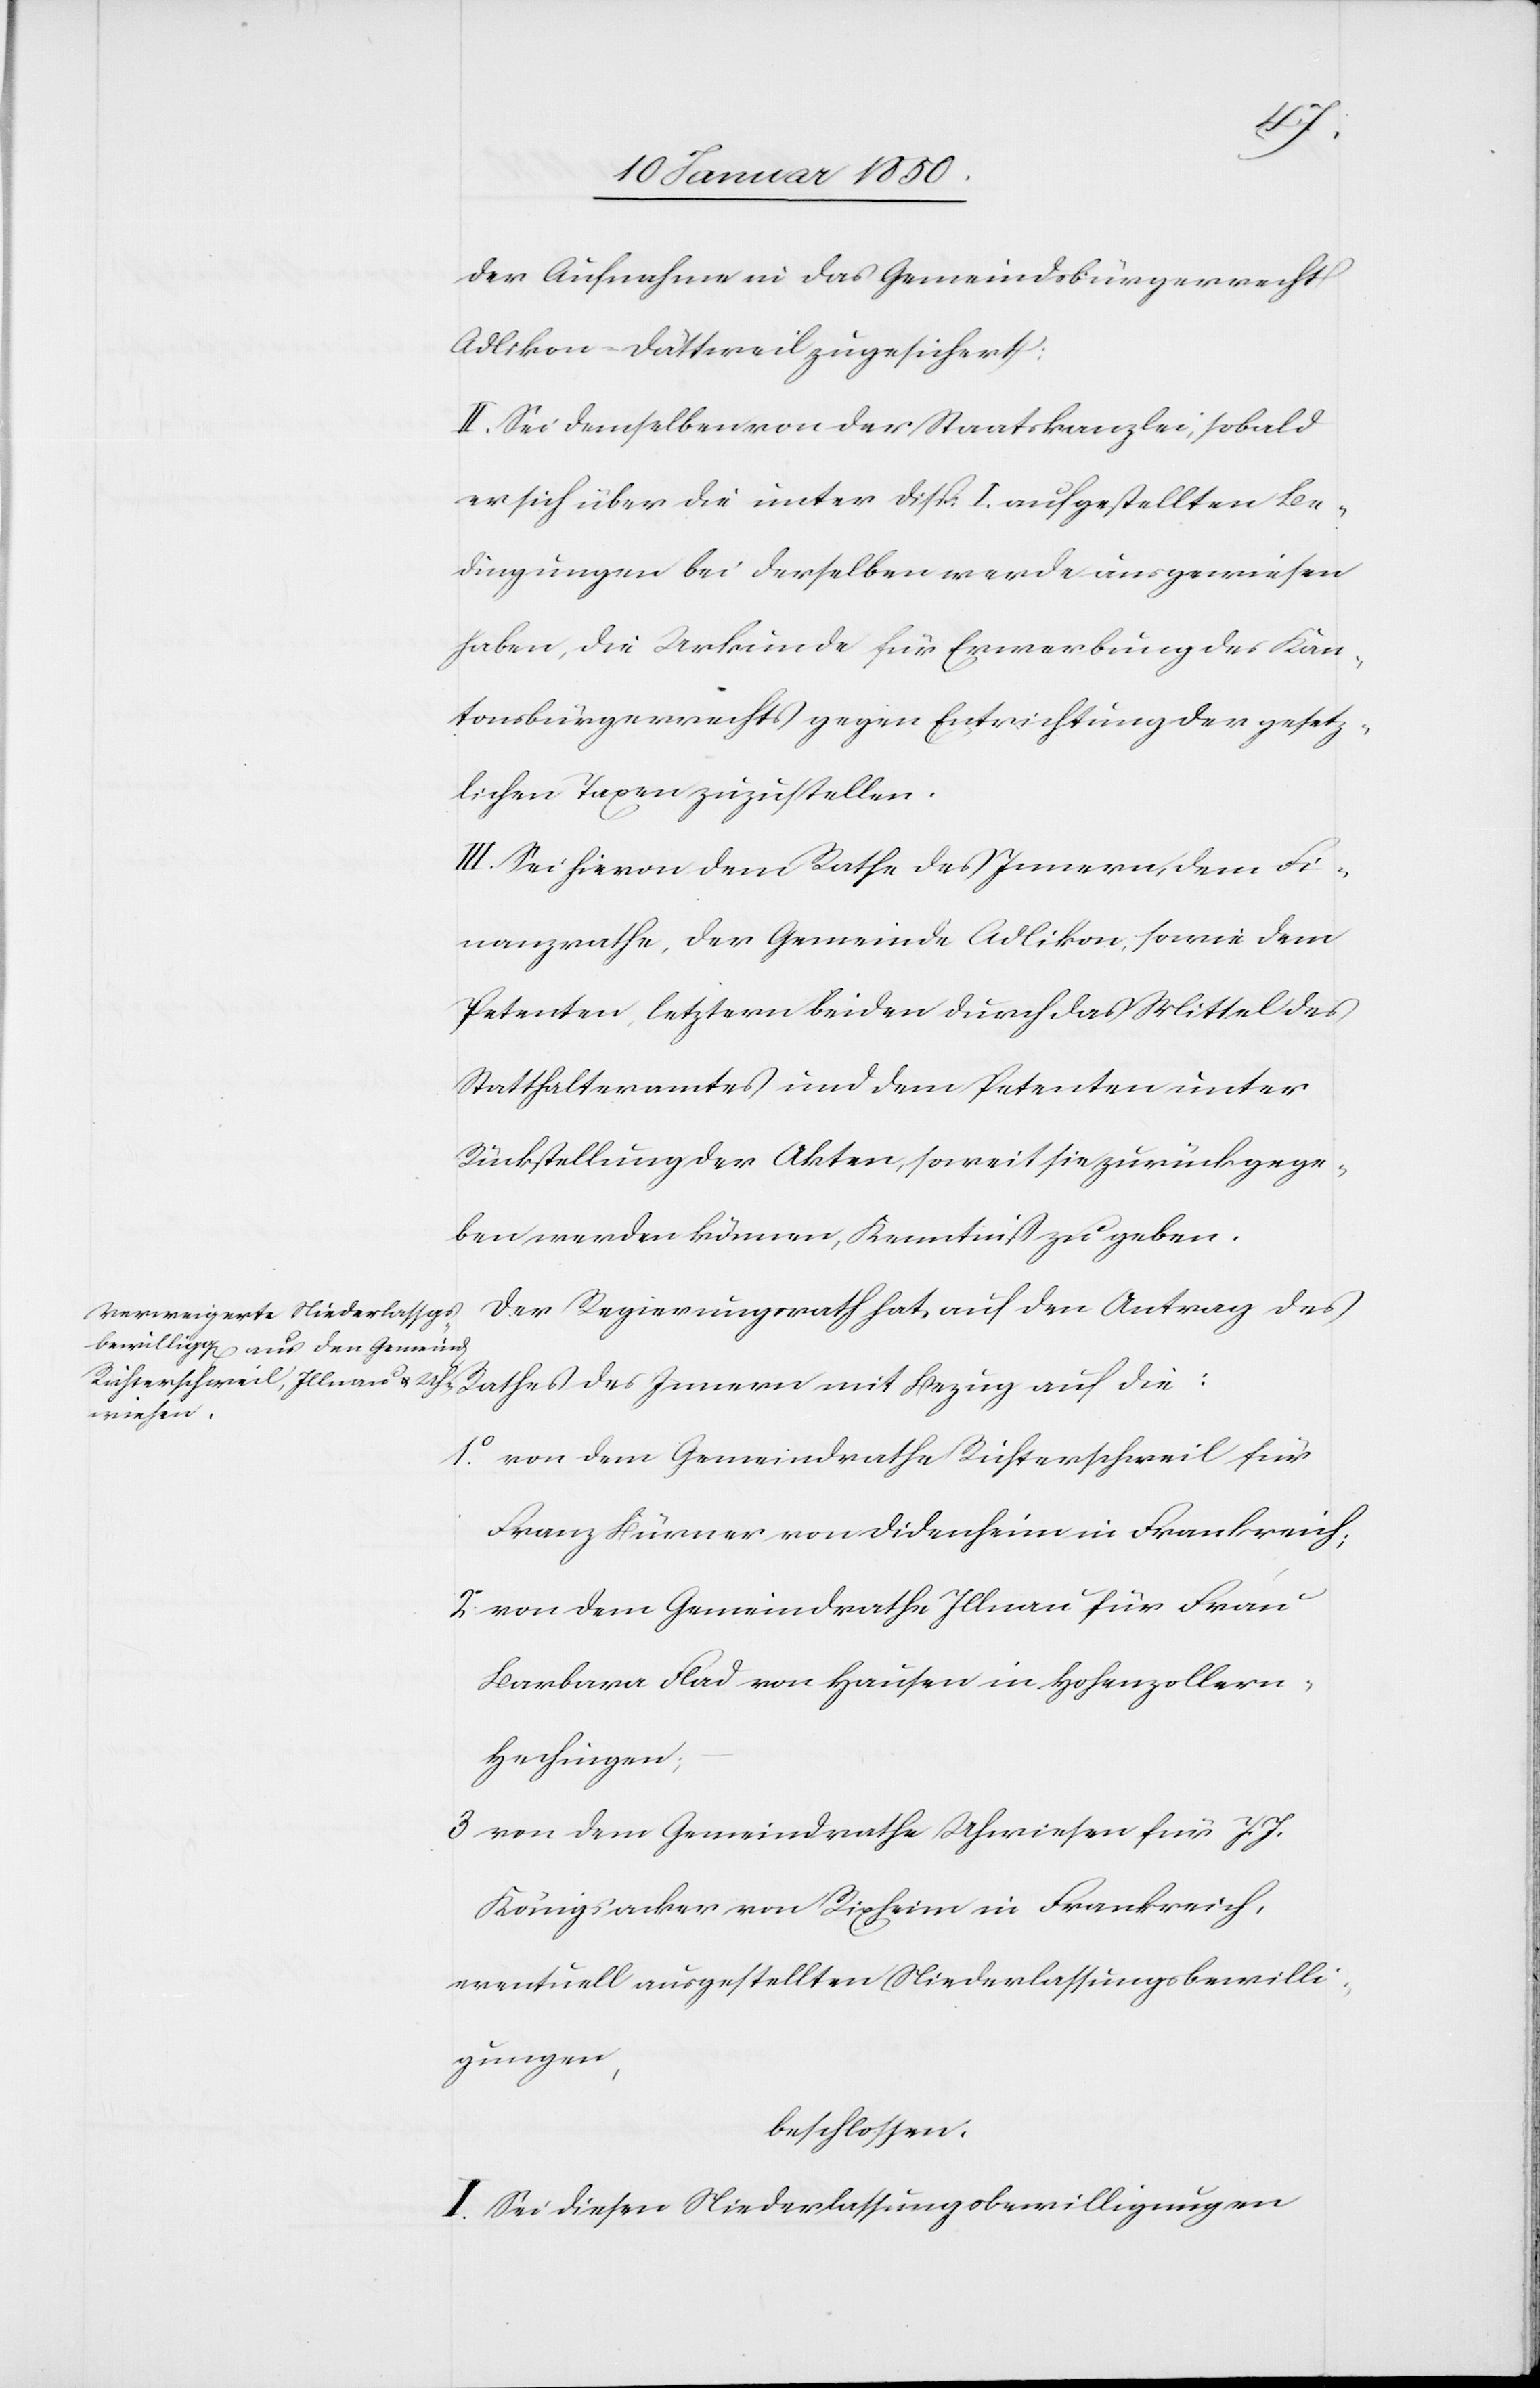
der Aufnahme in das Gemeindsbürgerrecht
Adlikon-Dättweil zugesichert;
II. Sei demselben von der Staatskanzlei, sobald
er sich über die unter Disp: I. aufgestellten Be¬
dingungen bei derselben werde ausgewiesen
haben, die Urkunde für Erwerbung des Kan¬
tonsbürgerrechts gegen Entrichtung der gesetz¬
lichen Taxen zuzustellen.
III. Sei hievon dem Rathe des Innern, dem Fi¬
nanzrathe, der Gemeinde Adlikon, sowie dem
Petenten, letztern beiden durch das Mittel des
Statthalteramtes und dem Petenten unter
Rückstellung der Akten, soweit sie zurückgege¬
ben werden können, Kenntniß zu geben.
Der Regierungsrath hat, auf den Antrag des
1o von dem Gemeindrathe Richterschweil für
Franz Bürner von Didenheim in Frankreich;
2o von dem Gemeindrathe Illnau für Frau
Barbara Flad von Hausen in Hohenzoller¬
n-Hechingen;
3 von dem Gemeindrathe Uhwiesen für J. J.
Königsacker von Rixheim in Frankreich.
eventuell ausgestellten Niederlassungsbewilli¬
gungen,
beschlossen:
I. Sei diesen Niederlassungsbewilligungen